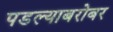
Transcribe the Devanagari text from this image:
पडल्याबरोबर